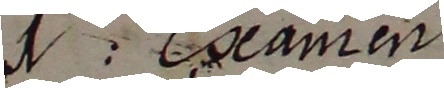
1 Eeamen